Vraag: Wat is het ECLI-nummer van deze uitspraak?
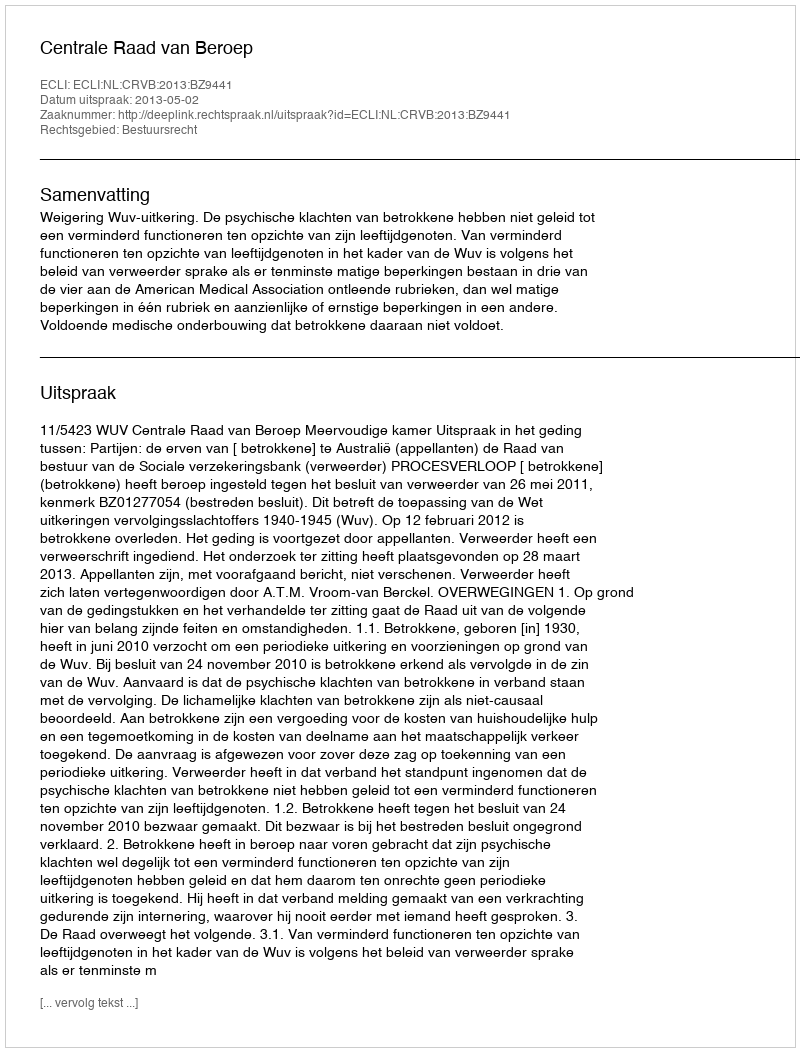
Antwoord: ECLI:NL:CRVB:2013:BZ9441